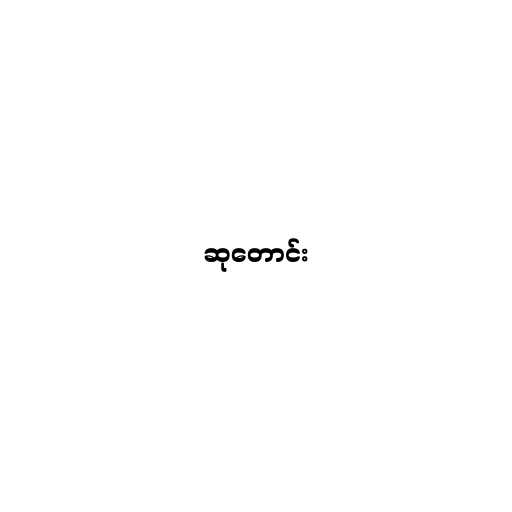
ဆုတောင်း